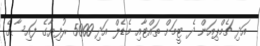
އަދި ޗެމްޕިއަން ދެ ޓީމަށް ތައްޓާއި މެޑެލް އަދި 5000 ރުފިޔާގެ ފައިސާގެ